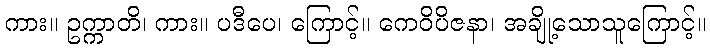
ကား။ ဥက္ကာတိ၊ ကား။ ပဒီပေ၊ ကြောင့်။ ကေဝိပိဇနာ၊ အချို့သောသူကြောင့်။